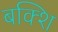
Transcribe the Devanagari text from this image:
बक्शि